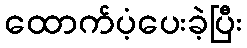
ထောက်ပံ့ပေးခဲ့ပြီး